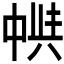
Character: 𠁵